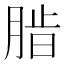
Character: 𬛄